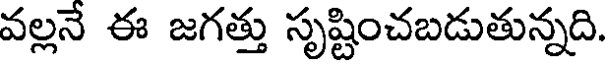
వల్లనే ఈ జగత్తు సృష్టించబడుతున్నది.